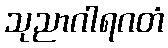
သုညာဂါရဂတံ